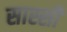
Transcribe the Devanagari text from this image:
सास्सी